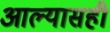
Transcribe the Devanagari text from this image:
आल्यासही